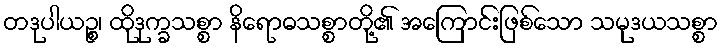
တဒုပါယဉ္စ၊ ထိုဒုက္ခသစ္စာ နိရောဓသစ္စာတို့၏ အကြောင်းဖြစ်သော သမုဒယသစ္စာ